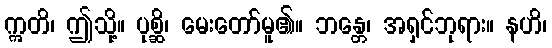
ဣတိ၊ ဤသို့။ ပုစ္ဆိ၊ မေးတော်မူ၏။ ဘန္တေ၊ အရှင်ဘုရား။ နဟိ၊